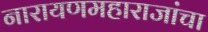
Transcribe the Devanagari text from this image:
नारायणमहाराजांचा